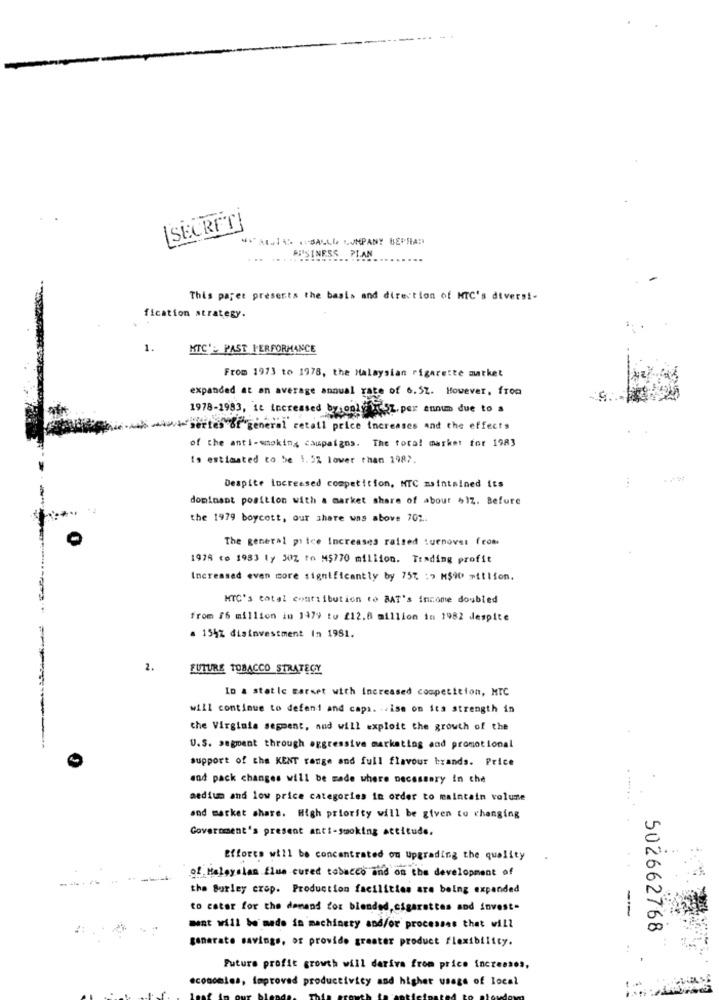
[SECRET]
*** t.14> <SALLE LUMPANY UEPFAD
BUSINESS PLAN
This paper presents the basis and direction of HTC's diversi-
fication strategy.
1.
HTC': PAST PERFORMANCE
From 1973 to 1978, the Malaysian rigarette murket
expanded at an average annual rate of 6.St. However, from
1978-1983, it increased bysonly x Sz. per annum due to a
.- series of general retail price Increases and the effects
of the anti-smoking campaigns. The fora! market for 1983
Is estimated to be 1.5% lower than 1987.
Despite increased competition, NTC maintained its
dominant position with a market share of about >12. Before
the 1979 boycott, our share was above 701.
The general price Increases raised turnover from
1978 to 1983 ly 50% to M$770 million. Trading profit
Increased even more significantly by 75% : > M$90 million.
HTC's total confiibution ro BAT's income doubled
from 16 million in 1479 to 212.8 million in 1982 despite
. 154% disinvestment In 1981.
2.
FUTURE TOBACCO STRATEGY
Io a static Barset with Increased competition, MTC
will continue to defeni and capa. .. ise on its strength in
the Virginia segment, and will exploit the growth of the
U.S. segment through aggressive marketing and promotional
support of the KENT range and full flavour brands. Price
and pack changes will be made where necessary in che
medium and low price categories in order to maintain volume
and market share. High priority will be given to changing
Government's present anti-smoking attitude.
Efforts will be concentrated on Upgrading the quality
of Haloyalan Elue cured tobacco and on the development of
the Surley crop. Production facilities are being expanded
to cater for the demand for blended, cigarettes and invest.
ment will be made in machinery and/or processes that will
502662768
generate savings, or provide greater product flexibility.
..
Future profit growth will derive from price increases,
economies, Improved productivity and higher usage of local